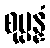
စုပ္ပန္နံ